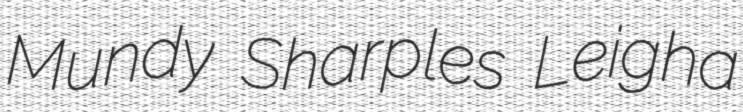
Mundy Sharples Leigha